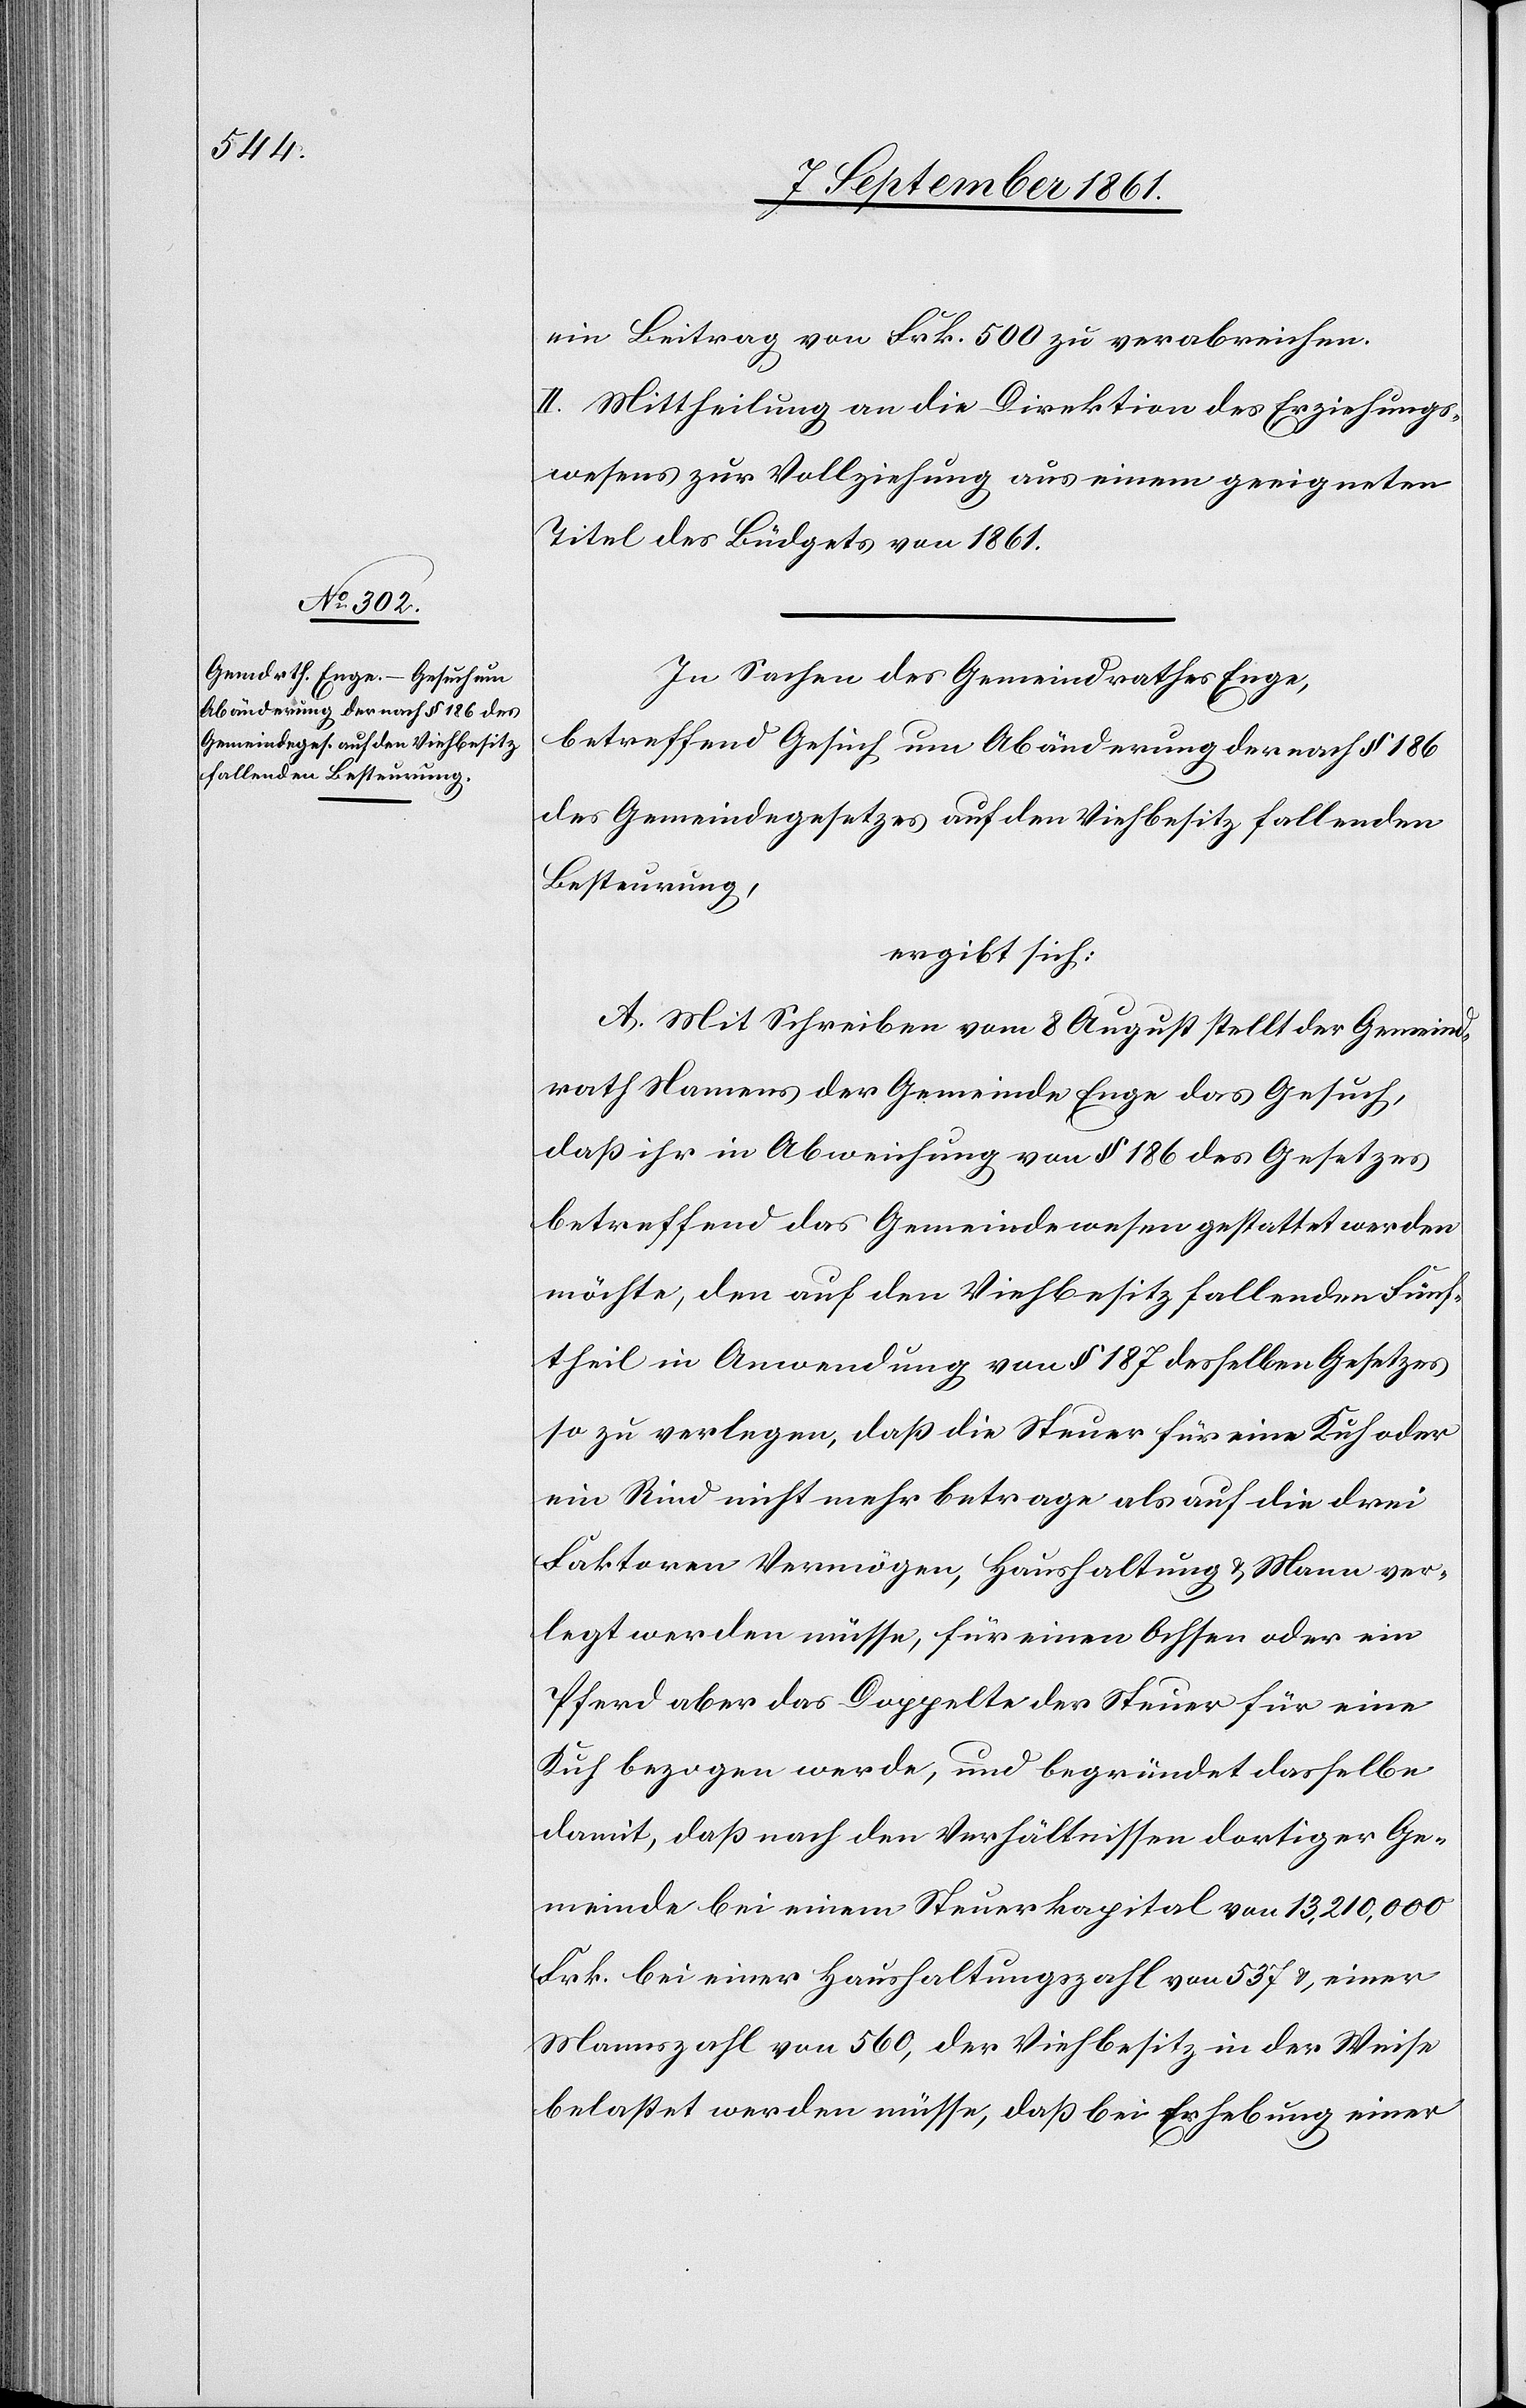
ein Beitrag von Frk. 500 zu verabreichen.
II. Mittheilung an die Direktion des Erziehungs¬
wesens zur Vollziehung aus einem geeigneten
Titel des Büdgets von 1861.
In Sachen des Gemeindrathes Enge,
betreffend Gesuch um Abänderung der nach § 186
des Gemeindegesetzes auf den Viehbesitz fallenden
Besteurung,
ergibt sich:
A. Mit Schreiben vom 8 August stellt der Gemeind¬
rath Namens der Gemeinde Enge das Gesuch,
daß ihr in Abweichung von § 186 des Gesetzes
betreffend das Gemeindewesen gestattet werden
möchte, den auf den Viehbesitz fallenden Fünf¬
theil in Anwendung von § 187 desselben Gesetzes
so zu verlegen, daß die Steuer für eine Kuh oder
ein Rind nicht mehr betrage als auf die drei
Faktoren Vermögen, Haushaltung u. Mann ver¬
legt werden müsse, für einen Ochsen oder ein
Pferd aber das Doppelte der Steuer für eine
Kuh bezogen werden, und begründet dasselbe
damit, daß nach den Verhältnissen dortiger Ge¬
meinde bei einem Steuerkapital von 13,210,000
Frk. bei einer Haushaltungszahl von 537 u. einer
Mannzahl von 560, der Viehbesitz in der Weise
belastet werden müsse, daß bei Erhebung einer